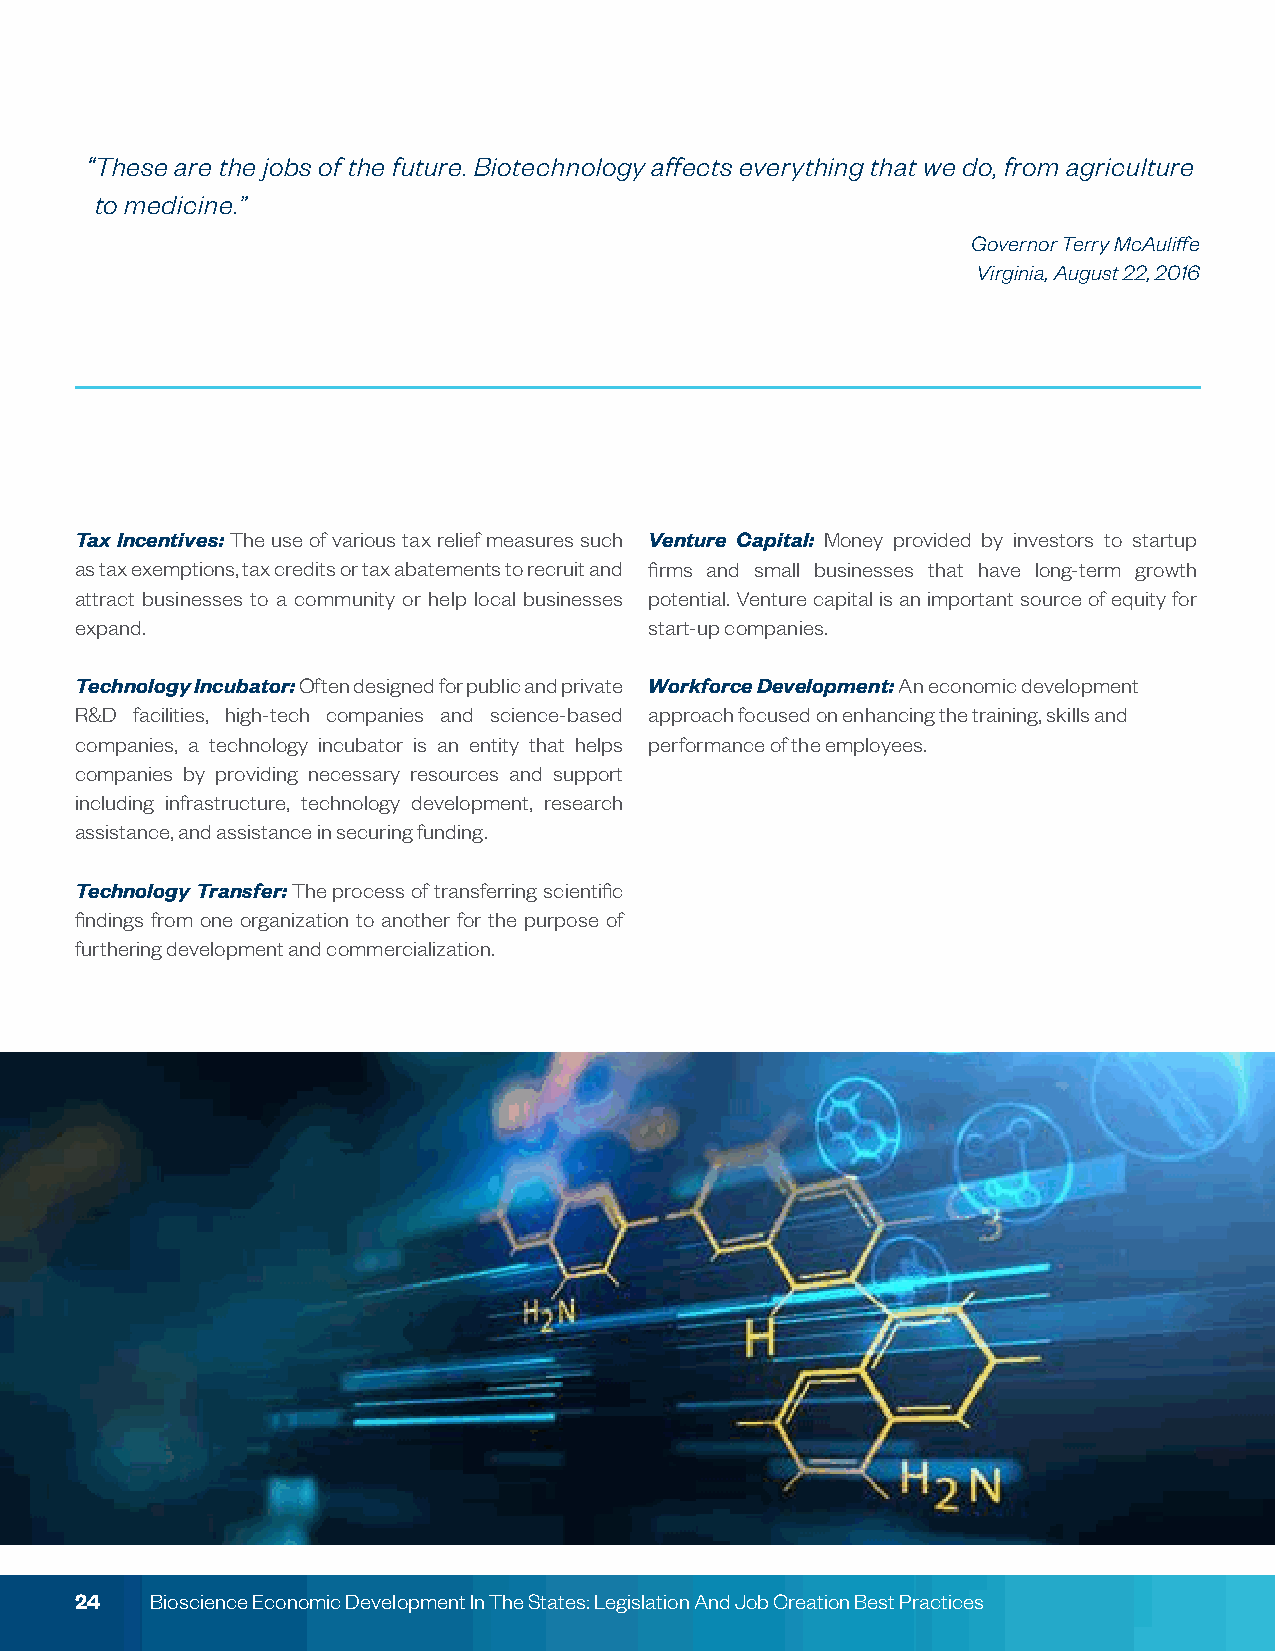
“These are the jobs of the future. Biotechnology affects everything that we do, from agriculture
 to medicine.”
 Governor Terry McAuliffe
 Virginia, August 22, 2016
 Tax Incentives: The use of various tax relief measures such Venture Capital: Money provided by investors to startup
 as tax exemptions, tax credits or tax abatements to recruit and firms and small businesses that have long-term growth
 attract businesses to a community or help local businesses potential. Venture capital is an important source of equity for
 expand.                               start-up companies.
 Technology Incubator: Often designed for public and private Workforce Development: An economic development
 R&D facilities, high-tech companies and science-based approach focused on enhancing the training, skills and
 companies, a technology incubator is an entity that helps performance of the employees.
 companies by providing necessary resources and support
 including infrastructure, technology development, research
 assistance, and assistance in securing funding.
 Technology Transfer: The process of transferring scientific
 findings from one organization to another for the purpose of
 furthering development and commercialization.
 24   Bioscience Economic Development In The States: Legislation And Job Creation Best Practices